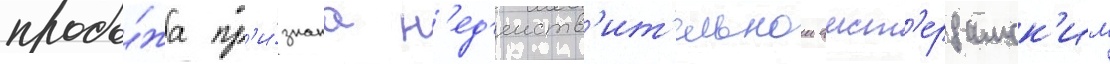
прода́жа пр'и́знана н'ед'еиств'ит'ельнои амст'ердамск'им